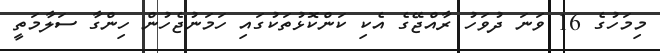
މިމަހުގެ 16 ވަނަ ދުވަހު ރާއްޖޭގެ އެކި ކަންކޮޅުތަކުގައި ހަމަނުޖެހުން ހިންގާ ސަލާމަތީ